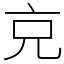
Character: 𠑽